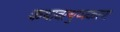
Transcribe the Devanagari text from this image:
कथावत्थुप्पकरण